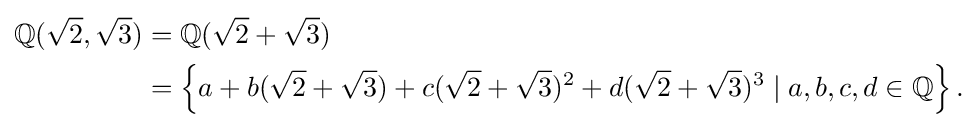
{\begin{aligned}\mathbb {Q} ({\sqrt {2}},{\sqrt {3}})&=\mathbb {Q} ({\sqrt {2}}+{\sqrt {3}})\\&=\left\{a+b({\sqrt {2}}+{\sqrt {3}})+c({\sqrt {2}}+{\sqrt {3}})^{2}+d({\sqrt {2}}+{\sqrt {3}})^{3}\mid a,b,c,d\in \mathbb {Q} \right\}.\end{aligned}}